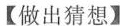
【做出猜想】